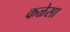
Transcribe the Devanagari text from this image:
कळेसा